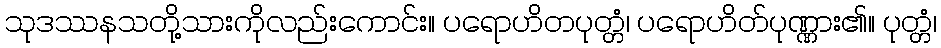
သုဒဿနသတို့သားကိုလည်းကောင်း။ ပရောဟိတပုတ္တံ၊ ပရောဟိတ်ပုဏ္ဏား၏။ ပုတ္တံ၊